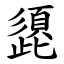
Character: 頾